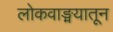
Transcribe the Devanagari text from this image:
लोकवाङ्मयातून